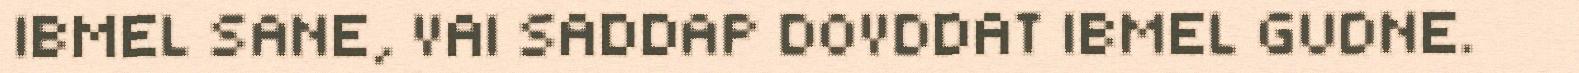
IBMEL SANE, VAI SADDAP DOVDDAT IBMEL GUDNE.